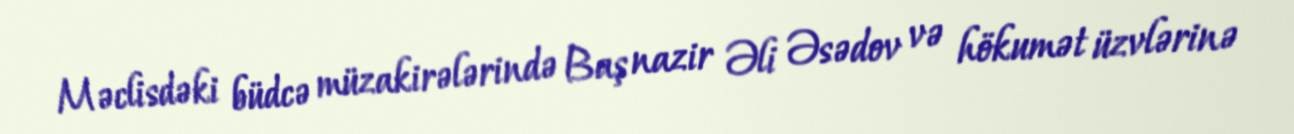
Məclisdəki büdcə müzakirələrində Baş nazir Əli Əsədov və hökumət üzvlərinə